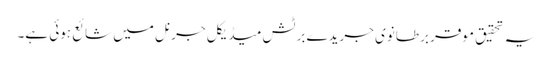
یہ تحقیق موقر برطانوی جریدے برٹش میڈیکل جرنل میں شائع ہوئی ہے۔